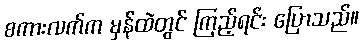
စကားလက်က မှန်ထဲတွင် ကြည့်ရင်း ပြောသည်။